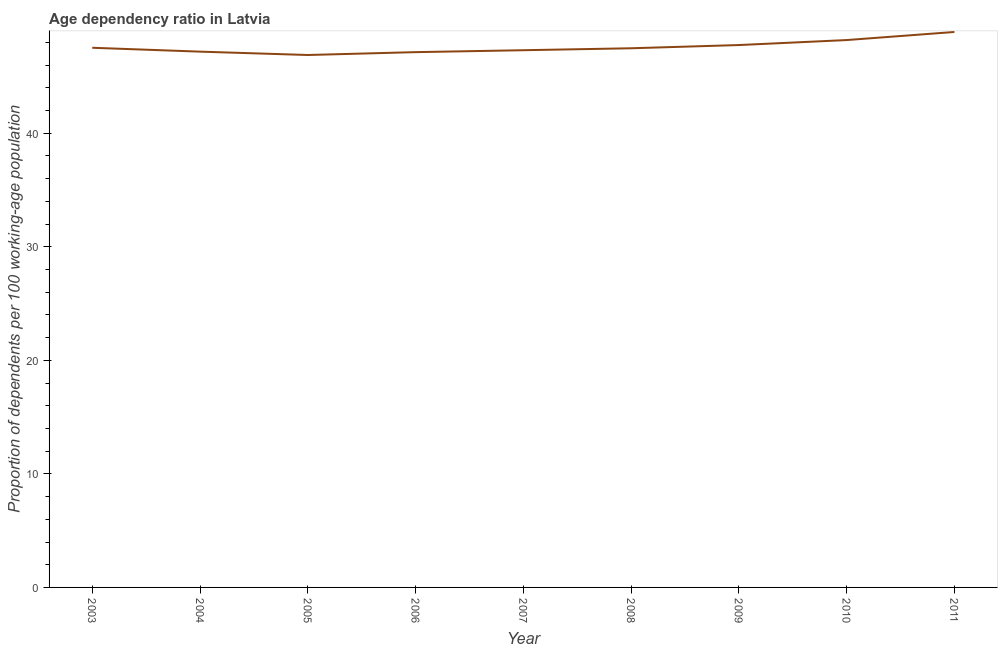
| Year | Age dependency ratio (% of working-age population) |
 | --- | --- |
 | 2003 | 47.5 |
 | 2004 | 47.2 |
 | 2005 | 46.9 |
 | 2006 | 47.1 |
 | 2007 | 47.3 |
 | 2008 | 47.5 |
 | 2009 | 47.8 |
 | 2010 | 48.2 |
 | 2011 | 48.9 |